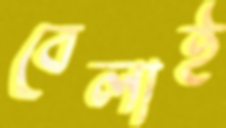
বেলাই